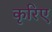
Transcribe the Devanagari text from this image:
कृरिए